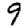
Digit: 9